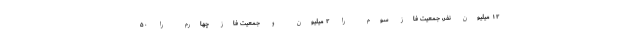
۱۲ میلیون نفر، جمعیت فاز سوم را ۲ میلیون و جمعیت فاز چهارم را ۵۰